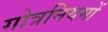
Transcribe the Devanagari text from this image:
गोत्रनियमों